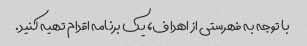
با توجه به فهرستی از اهداف، یک برنامه اقدام تهیه کنید.